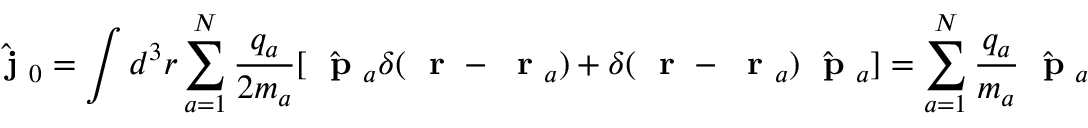
\hat { \mathrm { ~ \bf ~ j ~ } } _ { 0 } = \int d ^ { 3 } r \sum _ { a = 1 } ^ { N } \frac { q _ { a } } { 2 m _ { a } } [ \hat { \mathrm { ~ \bf ~ p ~ } } _ { a } \delta ( \mathrm { ~ \bf ~ r ~ } - \mathrm { ~ \bf ~ r ~ } _ { a } ) + \delta ( \mathrm { ~ \bf ~ r ~ } - \mathrm { ~ \bf ~ r ~ } _ { a } ) \hat { \mathrm { ~ \bf ~ p ~ } } _ { a } ] = \sum _ { a = 1 } ^ { N } \frac { q _ { a } } { m _ { a } } \hat { \mathrm { ~ \bf ~ p ~ } } _ { a }